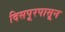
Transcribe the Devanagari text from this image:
दिसपूरपासून